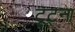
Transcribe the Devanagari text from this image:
टूट्ना